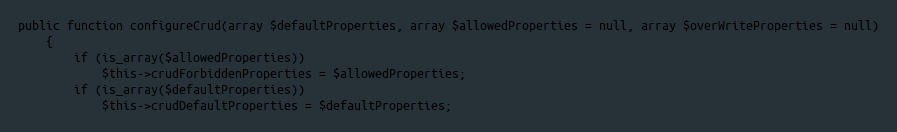
Language: PHP
public function configureCrud(array $defaultProperties, array $allowedProperties = null, array $overWriteProperties = null)
    {
        if (is_array($allowedProperties))
            $this->crudForbiddenProperties = $allowedProperties;
        if (is_array($defaultProperties))
            $this->crudDefaultProperties = $defaultProperties;